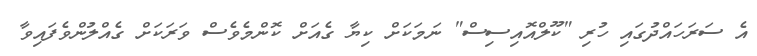
އެ ސަރަހައްދުގައި ހުރި "ކޫލްއޮއިސިސް" ނަމަކަށް ކިޔާ ގެއަށް ކޮންމެވެސް ވަރަކަށް ގެއްލުންވެފައިވާ